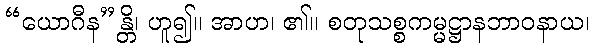
“ယောဂီန”န္တိ၊ ဟူ၍။ အာဟ၊ ၏။ စတုသစ္စကမ္မဋ္ဌာနဘာဝနာယ၊